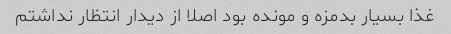
غذا بسیار بدمزه و مونده بود اصلا از دیدار انتظار نداشتم